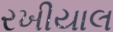
રખીયાલ